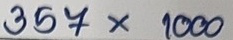
357 x 1000